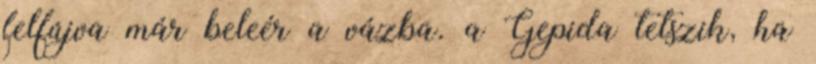
felfújva már beleér a vázba. a Gepida tetszik, ha